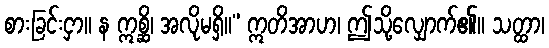
စားခြင်းငှာ။ န ဣစ္ဆိ၊ အလိုမရှိ။” ဣတိအာဟ၊ ဤသို့လျှောက်၏။ သတ္ထာ၊